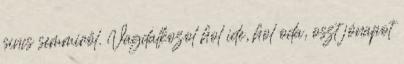
sincs semmiről. Vagdalkozol hol ide, hol oda, oszt jónapot